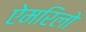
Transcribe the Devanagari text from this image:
ऐमरिलो